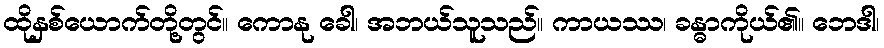
ထိုနှစ်ယောက်တို့တွင်။ ကောနု ခေါ၊ အဘယ်သူသည်။ ကာယဿ၊ ခန္ဓာကိုယ်၏။ ဘေဒါ၊